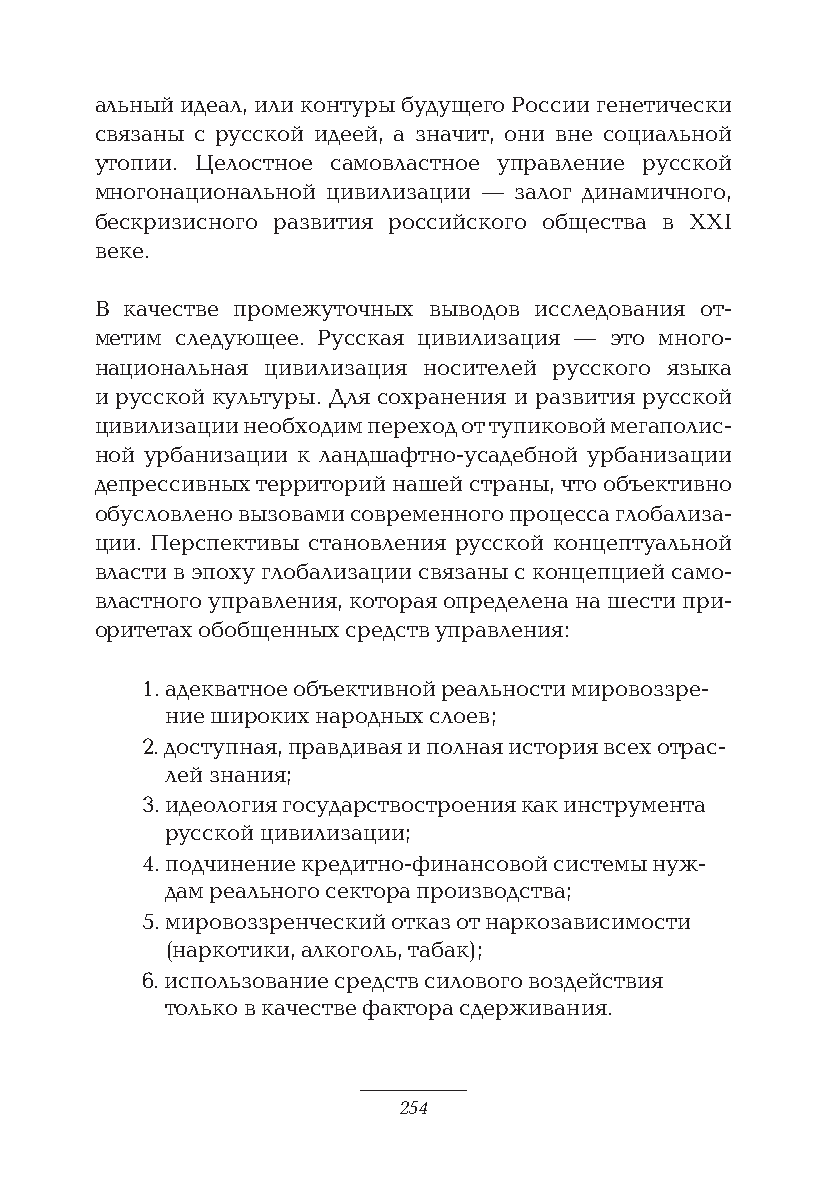
альный идеал, или контуры будущего России генетически
 связаны с русской идеей, а значит, они вне социальной
 утопии. Целостное самовластное управление русской
 многонациональной цивилизации — залог динамичного,
 бескризисного развития российского общества в XXI
 веке.
 В качестве промежуточных выводов исследования от-
 метим следующее. Русская цивилизация — это много-
 национальная цивилизация носителей русского языка
 и русской культуры. Для сохранения и развития русской
 цивилизации необходим переход от тупиковой мегаполис-
 ной урбанизации к ландшафтно-усадебной урбанизации
 депрессивных территорий нашей страны, что объективно
 обусловлено вызовами современного процесса глобализа-
 ции. Перспективы становления русской концептуальной
 власти в эпоху глобализации связаны с концепцией само-
 властного управления, которая определена на шести при-
 оритетах обобщенных средств управления:
 1. адекватное объективной реальности мировоззре-
 ние широких народных слоев;
 2. доступная, правдивая и полная история всех отрас-
 лей знания;
 3. идеология государствостроения как инструмента
 русской цивилизации;
 4. подчинение кредитно-финансовой системы нуж-
 дам реального сектора производства;
 5. мировоззренческий отказ от наркозависимости
 (наркотики, алкоголь, табак);
 6. использование средств силового воздействия
 только в качестве фактора сдерживания.
 254